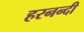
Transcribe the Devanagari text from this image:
हरनन्दी